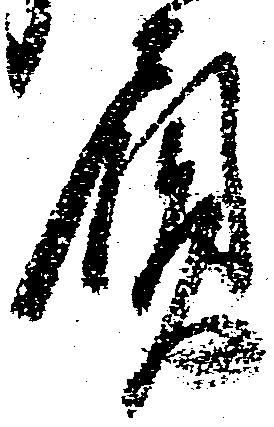
負